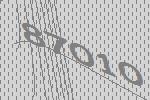
87010